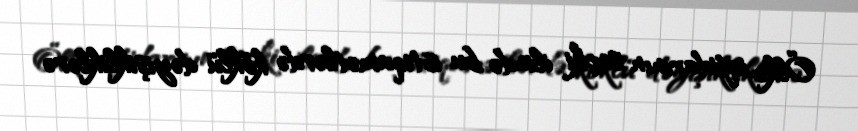
Ölkə iqtidarının seçki ilində bu istiqamətlərdə köklü dəyişikliklərə